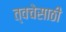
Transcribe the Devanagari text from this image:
त्वचेसाठी